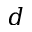
d